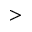
>